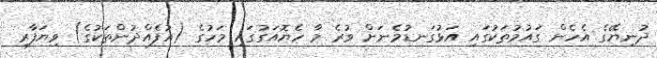
ދުނިޔޭގެ އެހެން ގައުމުތަކުގައި އަޅުގަނޑުމެނަށް ވުރެ މާ ހެޔޮއަގުގައި މަހުގެ (އުފެއްދުންތަކުގެ) ވިޔަފާރި